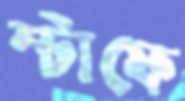
স্টাফে